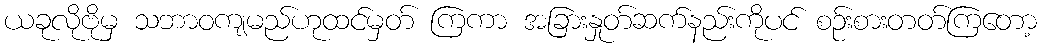
ယခုလိုဗိုမှ သဘာဝကျမည်ဟုထင်မှတ် ကြကာ အခြားနှုတ်ဆက်နည်းကိုပင် စဉ်းစားတတ်ကြတော့